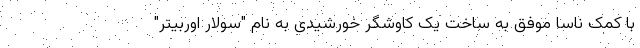
با کمک ناسا موفق به ساخت یک کاوشگر خورشیدی به نام "سولار اوربیتر"